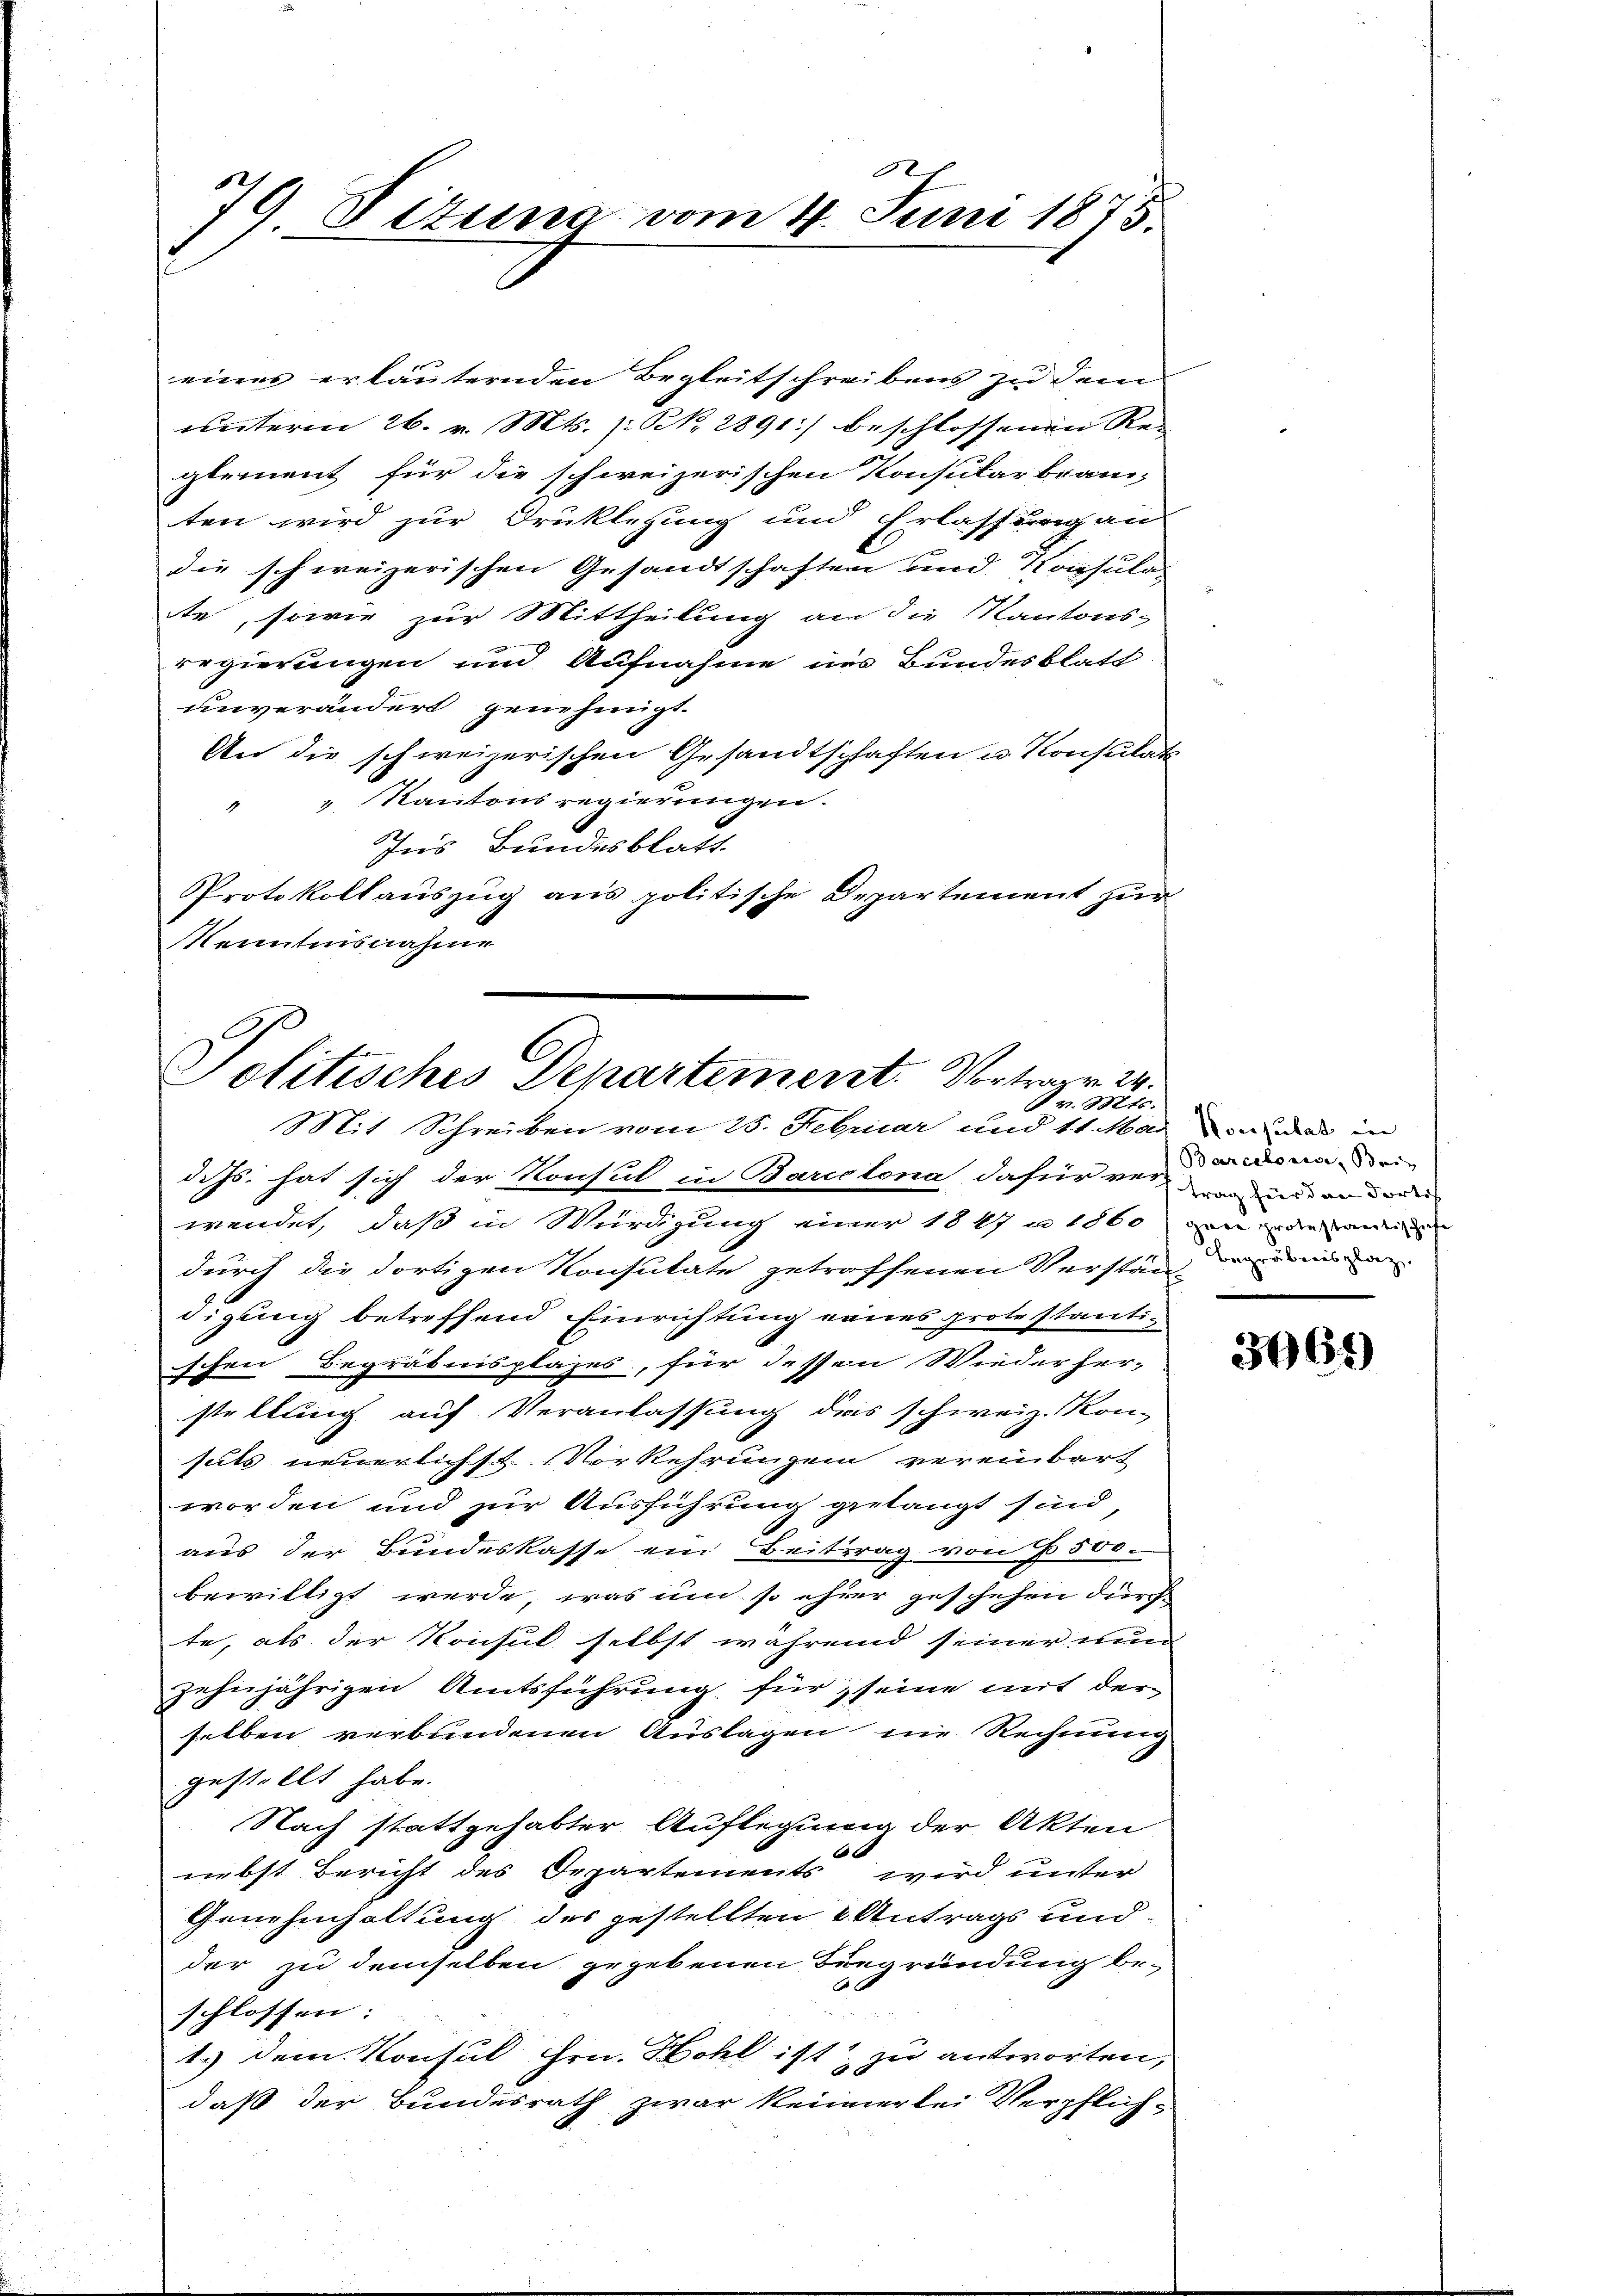
79 Sizung vom 4. Juni 1875.

eines erläuternden Begleitschreibens zu dem
unterm 26. v. Mts. (: N. 2891) beschlossenen Reglement für die schweizerischen Konsular bran-
ten wird zur Druklegung und Erlassung an
die schweizerischen Gesandtschaften und Konsulat
te, sowie zur Mittheilung an die Kantons-
regierungen und Aufnahme ins Bundesblatt
unverändert genehmigt.
An die schweizerischen Gesandtschaften u. Konsulati
" " Kantonsregierungen.
Ins Bundesblatt.
Protokollauszug aus politische Departement zur
Kenntnisnahme

Politisches Departement. Vortrag 24.
Pr. Mts.
Mit Schreiben vom 25. Februar und 11. Mai ad in

dehs. hat sich der Konsul in Bareclona dafür ver-
wendet, daß in Würdigung einer 1847 n 1860 den inde an
durch die dortigen Konsutate getroffenen Verstän-
digung betreffend Einrichtung eines protestanti-
schen Begräbnisplazes, für dessen Wiederher-
stellung auf Veranlassung das schweiz. Kon-
sels neuerlichst Vorkehrungen vereinbart
worden und zur Ausführung gelangt sind,
aus der Bundeskasse ein Beitrag von 500.
bewilligt werde, was um so ihrer geschehen durch
te, als der Konsul selbst während seiner nun
zehnjährigen Amtsführung für seine mit der
selben verbundenen Auslagen nie Rechnung
gestellt habe.
Nach stattgehabter Auflegung der Akten
6
nebst Bericht des Departements wird unter
Genehmhaltung des gestellten & Antrags und
der zu demselben gegebenen Begründung beschlossen: |
1.) Dem Konsul Hrn. Hohl ist zu antworten,
daß der Bundesrath zwar keinerlei Verpflich¬

Barcelona, Bei
trag für dann dortis
begräbenslag
e

3069